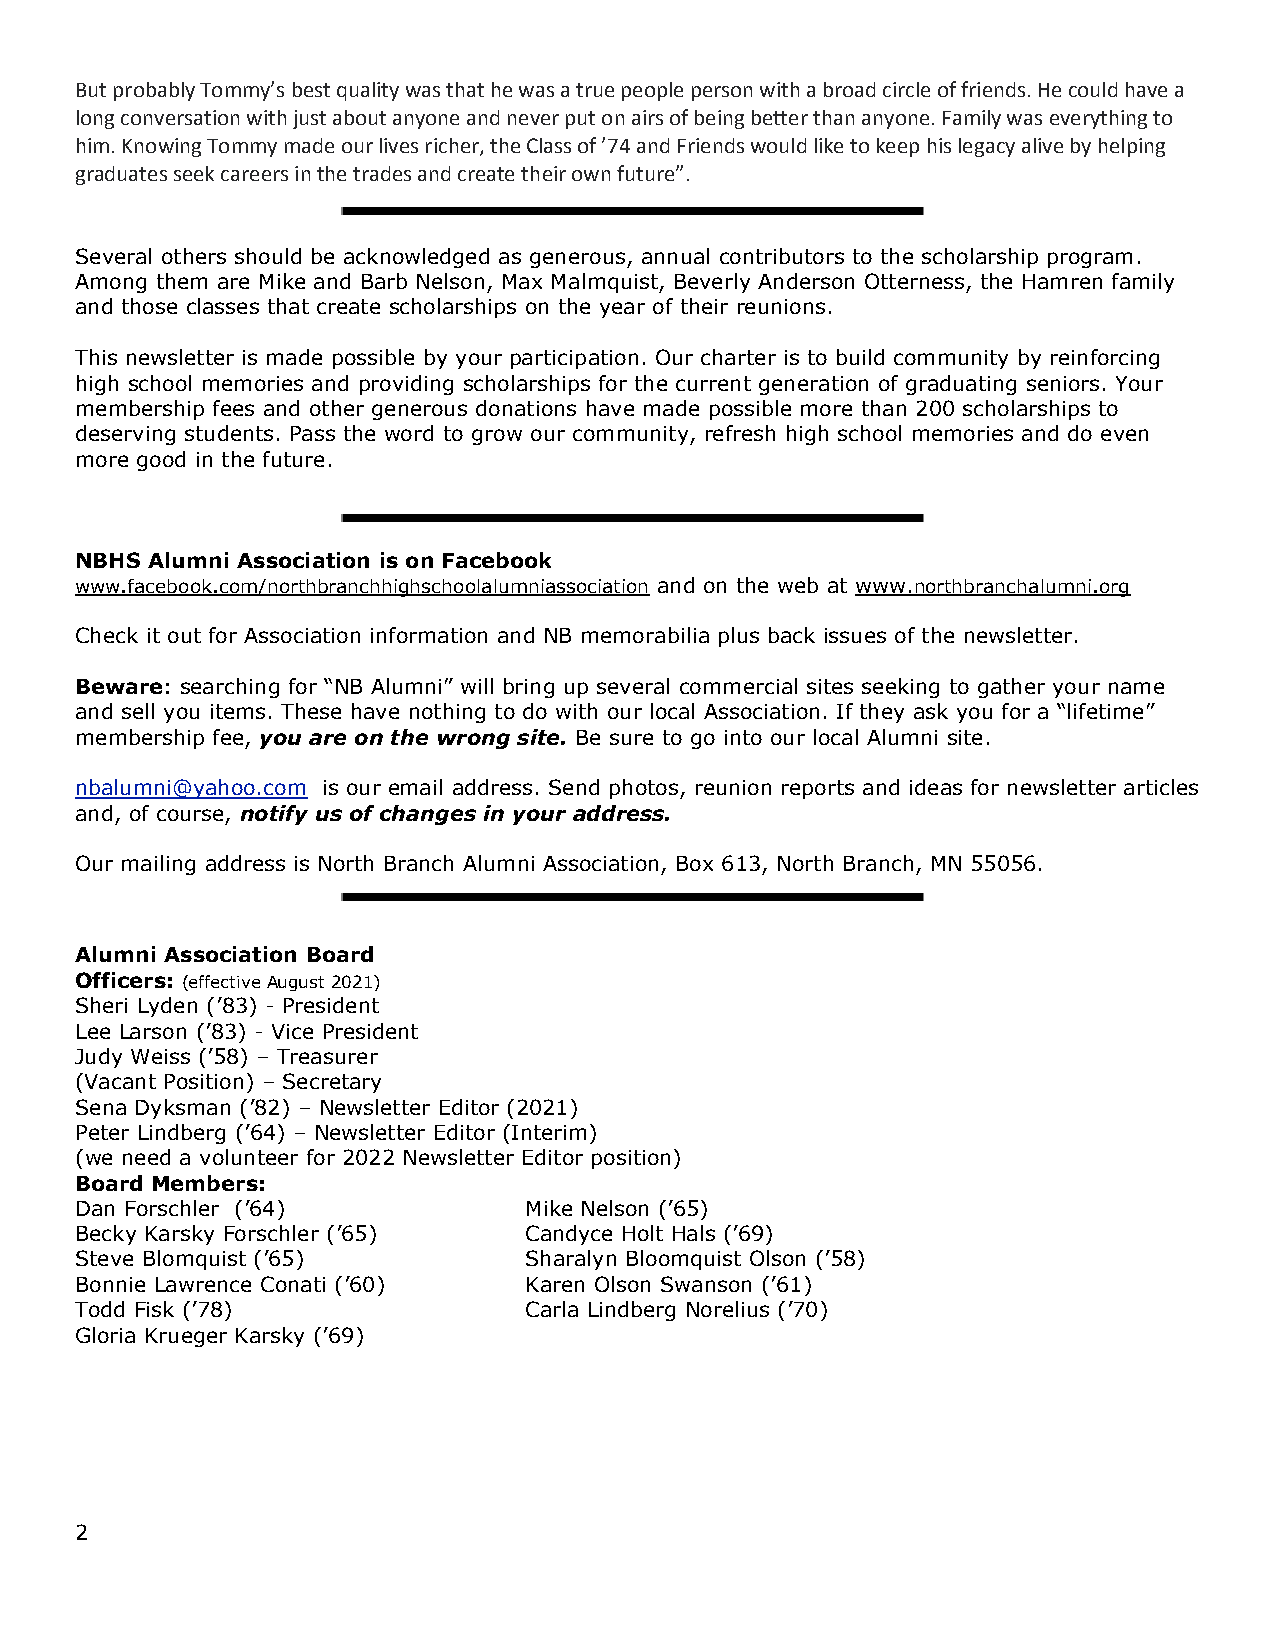
But probably Tommy’s best quality was that he was a true people person with a broad circle of friends. He could have a
 long conversation with just about anyone and never put on airs of being better than anyone. Family was everything to
 him. Knowing Tommy made our lives richer, the Class of ’74 and Friends would like to keep his legacy alive by helping
 graduates seek careers in the trades and create their own future”.
 Several others should be acknowledged as generous, annual contributors to the scholarship program.
 Among them are Mike and Barb Nelson, Max Malmquist, Beverly Anderson Otterness, the Hamren family
 and those classes that create scholarships on the year of their reunions.
 This newsletter is made possible by your participation. Our charter is to build community by reinforcing
 high school memories and providing scholarships for the current generation of graduating seniors. Your
 membership fees and other generous donations have made possible more than 200 scholarships to
 deserving students. Pass the word to grow our community, refresh high school memories and do even
 more good in the future.
 NBHS Alumni Association is on Facebook
 www.facebook.com/northbranchhighschoolalumniassociation and on the web at www.northbranchalumni.org
 Check it out for Association information and NB memorabilia plus back issues of the newsletter.
 Beware: searching for “NB Alumni” will bring up several commercial sites seeking to gather your name
 and sell you items. These have nothing to do with our local Association. If they ask you for a “lifetime”
 membership fee, you are on the wrong site. Be sure to go into our local Alumni site.
 nbalumni@yahoo.com is our email address. Send photos, reunion reports and ideas for newsletter articles
 and, of course, notify us of changes in your address.
 Our mailing address is North Branch Alumni Association, Box 613, North Branch, MN 55056.
 Alumni Association Board
 Officers: (effective August 2021)
 Sheri Lyden (’83) - President
 Lee Larson (’83) - Vice President
 Judy Weiss (’58) – Treasurer
 (Vacant Position) – Secretary
 Sena Dyksman (’82) – Newsletter Editor (2021)
 Peter Lindberg (’64) – Newsletter Editor (Interim)
 (we need a volunteer for 2022 Newsletter Editor position)
 Board Members:
 Dan Forschler (’64)           Mike Nelson (’65)
 Becky Karsky Forschler (’65)  Candyce Holt Hals (’69)
 Steve Blomquist (’65)         Sharalyn Bloomquist Olson (’58)
 Bonnie Lawrence Conati (’60)  Karen Olson Swanson (’61)
 Todd Fisk (’78)               Carla Lindberg Norelius (’70)
 Gloria Krueger Karsky (’69)
 2